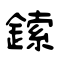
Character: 鎍